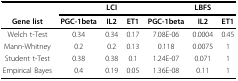
|  |  | LCI |  |  | LBFS |  |
 | Gene list | PGC-1beta | IL2 | ET1 | PGC-1beta | IL2 | ET1 |
 | --- | --- | --- | --- | --- | --- | --- |
 | Welch t-Test | 0.34 | 0.34 | 0.17 | 7.08E-06 | 0.0004 | 0.45 |
 | Mann-Whitney | 0.2 | 0.2 | 0.13 | 0.118 | 0.0075 | 1 |
 | Student t-Test | 0.38 | 0.38 | 0.1 | 1.24E-07 | 0.071 | 1 |
 | Empirical Bayes | 0.4 | 0.19 | 0.05 | 1.36E-08 | 0.11 | 1 |